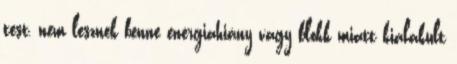
test, nem lesznek benne energiahiány vagy blokk miatt kialakult